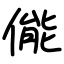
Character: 㑷